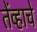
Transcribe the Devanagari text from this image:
तेंव्हाचे